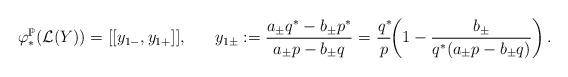
LaTeX: \begin{align*}\varphi_*^{{\mathbb{P}}}(\mathcal{L}(Y)) = [[y_{1-}, y_{1+}]],\;\;\;\;\;\;y_{1\pm} := \frac{a_{\pm}q^* - b_{\pm}p^*}{a_{\pm}p - b_{\pm}q}=\mkern1mu \frac{\mkern.5muq^*\mkern-2.5mu}{p} \mkern-5mu\left(1 - \frac{b_{\pm}}{q^*(a_{\pm}p-b_{\pm}q)}\right).\end{align*}